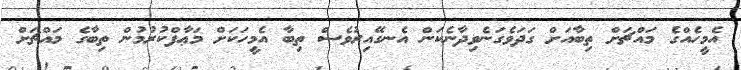
އެމީހެއްގެ މައްޗަށް ތިބާއަށް ގަދަވެގަނެވިދާނެކަން އެނގޭއިރުވެސް ތިބާ އެމީހަކަށް މަޢާފްކުރުމުން ތިބާގެ މައްޗަށް